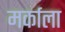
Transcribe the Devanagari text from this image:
मर्काला